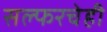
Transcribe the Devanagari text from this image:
सल्फरचेही